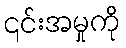
၎င်းအမှုကို